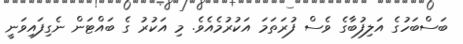
ބަސްބަހުގެ އަލިފުބާގެ ވެސް ފުރަތަމަ އަކުރުމެއެވެ. މި އަކުރު ގެ ބައްޓަން ނެގިފައިވަނީ